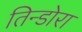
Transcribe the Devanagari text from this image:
तिन्डोरा